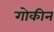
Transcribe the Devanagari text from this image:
गोकीन